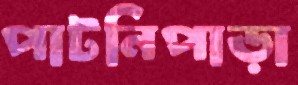
পাটনিপাড়া